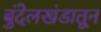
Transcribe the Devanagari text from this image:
बुंदेलखंडातून